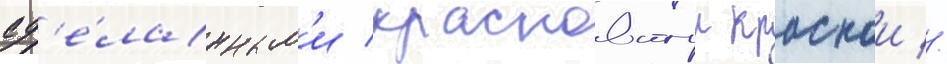
сд'е́ланным'и красноватои краскои //